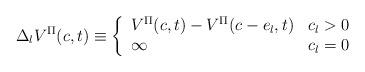
LaTeX: \begin{align*} \Delta_l V^\Pi(c,t) \equiv \left\{ \begin{array}{ll} V^\Pi(c,t) - V^\Pi(c-e_l,t) & c_l>0\\ \infty & c_l =0\end{array} \right. \end{align*}